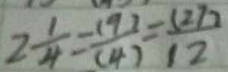
2 \frac { 1 } { 4 } = \frac { ( 9 ) } { ( 4 ) } = \frac { ( 2 7 ) } { 1 2 }